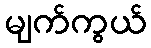
မျက်ကွယ်